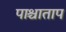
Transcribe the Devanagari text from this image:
पाश्चाताप